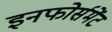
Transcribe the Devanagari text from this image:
इनफोर्समेंट